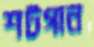
শটগান